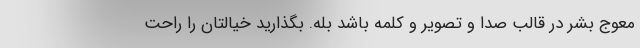
معوج بشر در قالب صدا و تصویر و کلمه باشد بله. بگذارید خیالتان را راحت